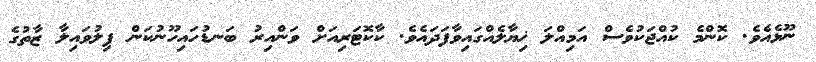
ނޫޅެއެވެ. ކޮންމެ ކުއްޖަކުވެސް އަމިއްލަ ޚިޔާލެއްގައިވާފަދައެވެ. ކާކޮޓަރިއަށް ވަންއިރު ބަނޑުހައިހޫނުކަން ފިލުވައިލާ ޒާތުގެ